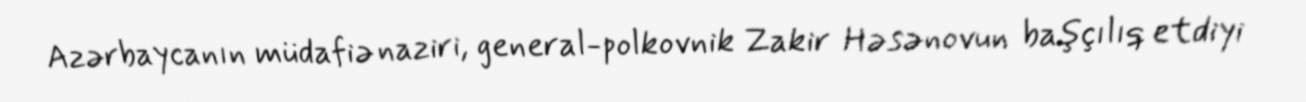
Azərbaycanın müdafiə naziri, general-polkovnik Zakir Həsənovun başçılıq etdiyi